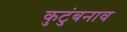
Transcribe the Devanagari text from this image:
कुटुंबनाव